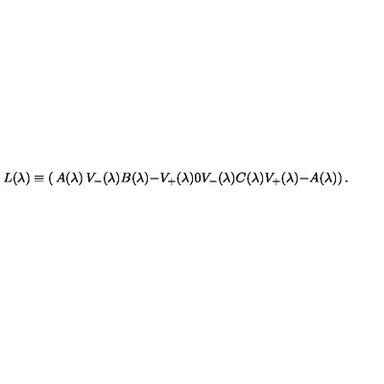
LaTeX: L ( \lambda ) \equiv \left( \begin{matrix} { A ( \lambda ) } & { V \sb - ( \lambda ) } & { B ( \lambda ) } \\ { - V \sb + ( \lambda ) } & { 0 } & { V \sb - ( \lambda ) } \\ { C ( \lambda ) } & { V \sb + ( \lambda ) } & { - A ( \lambda ) } \\ \end{matrix} \right) .